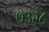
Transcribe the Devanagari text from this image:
७३२८